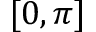
[ 0 , \pi ]